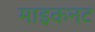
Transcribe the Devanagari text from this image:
माइकनट